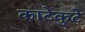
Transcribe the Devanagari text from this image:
काटेकुटे